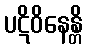
ပဋိဝိနေန္တိ